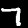
Label: 7